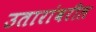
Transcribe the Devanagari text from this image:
उतारांवरील